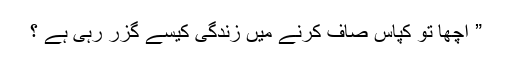
” اچھا تو کپاس صاف کرنے میں زندگی کیسے گزر رہی ہے ؟